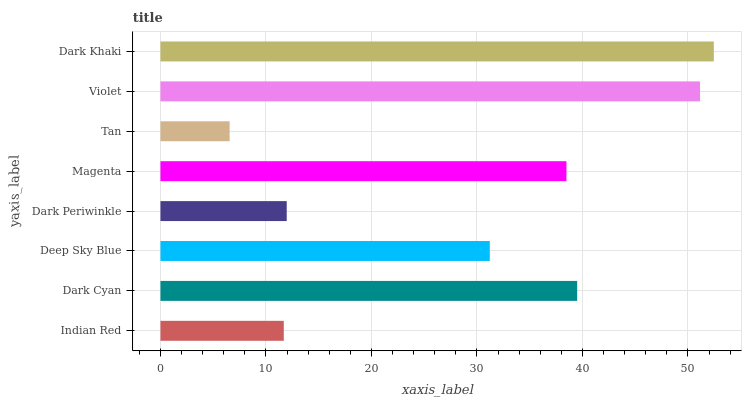
| yaxis_label | bars |
 | --- | --- |
 | Indian Red | 11.7 |
 | Dark Cyan | 39.5 |
 | Deep Sky Blue | 31.2 |
 | Dark Periwinkle | 12 |
 | Magenta | 38.5 |
 | Tan | 6.56 |
 | Violet | 51.1 |
 | Dark Khaki | 52.5 |